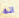
انه